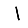
Digit: 1